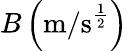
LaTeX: B\left(\mathrm{m/s^{\frac{1}{2}}}\right)